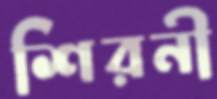
শিরনী